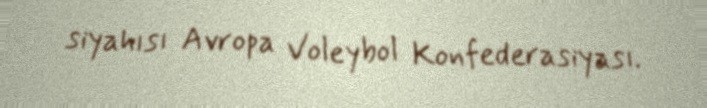
siyahısı Avropa Voleybol Konfederasiyası.